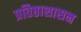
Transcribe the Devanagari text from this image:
प्रतिष्ठाशासन